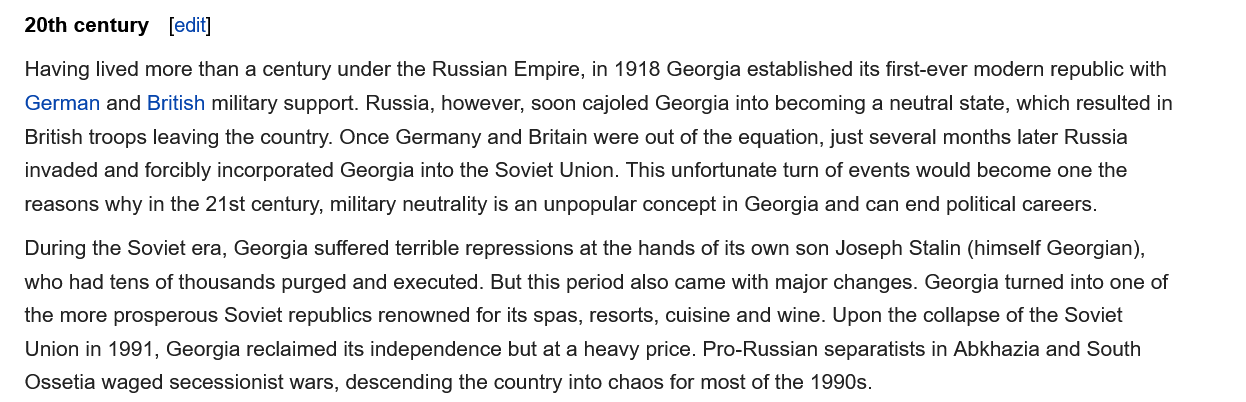
During the Soviet era, Georgia suffered terrible repressions at the hands of its own son Joseph Stalin (himself Georgian),
   who had tens of thousands purged and executed. But this period also came with major changes. Georgia turned into one of
   the more prosperous Soviet republics renowned for its spas, resorts, cuisine and wine. Upon the collapse of the Soviet
   Union in 1991, Georgia reclaimed its independence but at a heavy price. Pro-Russian separatists in Abkhazia and South
   Ossetia waged secessionist wars, descending the country into chaos for most of the 1990s.
   Having lived more than a century under the Russian Empire, in 1918 Georgia established its first-ever modern republic with
   German and British military support. Russia, however, soon cajoled Georgia into becoming a neutral state, which resulted in
   British troops leaving the country. Once Germany and Britain were out of the equation, just several months later Russia
   invaded and forcibly incorporated Georgia into the Soviet Union. This unfortunate turn of events would become one the
   reasons why in the 21st century, military neutrality is an unpopular concept in Georgia and can end political careers.
   20th century [edit]